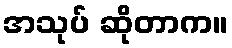
အသုပ် ဆိုတာက။